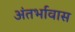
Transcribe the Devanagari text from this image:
अंतर्भावास